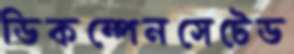
ডিকম্পেনসেটেড